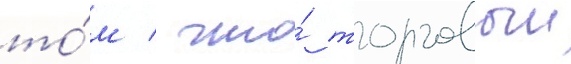
то́м / что́ торговыи